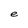
Character: e